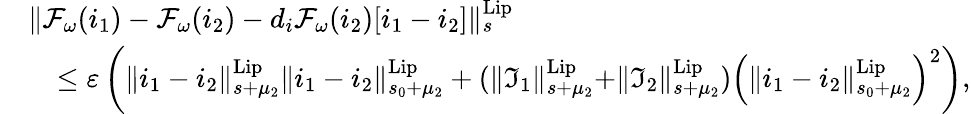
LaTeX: \begin{array}{rl}&{\rVert\mathcal{F}_{\omega}(i_{1})-\mathcal{F}_{\omega}(i_{2})-d_{i}\mathcal{F}_{\omega}(i_{2})[i_{1}-i_{2}]\rVert_{s}^{\mathrm{Lip}}}\\ &{\quad\le\varepsilon\left(\rVert i_{1}-i_{2}\rVert_{s+\mu_{2}}^{\mathrm{Lip}}\rVert i_{1}-i_{2}\rVert_{s_{0}+\mu_{2}}^{\mathrm{Lip}}+(\rVert\mathfrak{I}_{1}\rVert_{s+\mu_{2}}^{\mathrm{Lip}}+\rVert\mathfrak{I}_{2}\rVert_{s+\mu_{2}}^{\mathrm{Lip}})\left(\rVert i_{1}-i_{2}\rVert_{s_{0}+\mu_{2}}^{\mathrm{Lip}}\right)^{2}\right),}\end{array}